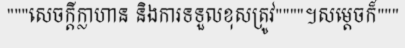
"""សេចក្តីក្លាហាន និងការទទួលខុសត្រូវ""""។សម្តេចក៏"""